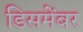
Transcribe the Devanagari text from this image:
डिसमेंबर